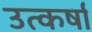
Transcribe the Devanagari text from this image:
उत्कर्षा